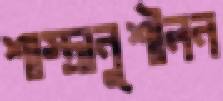
শাস্ত্রানুশীলন